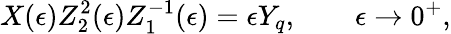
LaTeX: X(\epsilon)Z_{2}^{2}(\epsilon)Z_{1}^{-1}(\epsilon)=\epsilon Y_{q},\qquad\epsilon\rightarrow 0^{+},